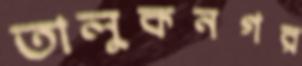
তালুকনগর